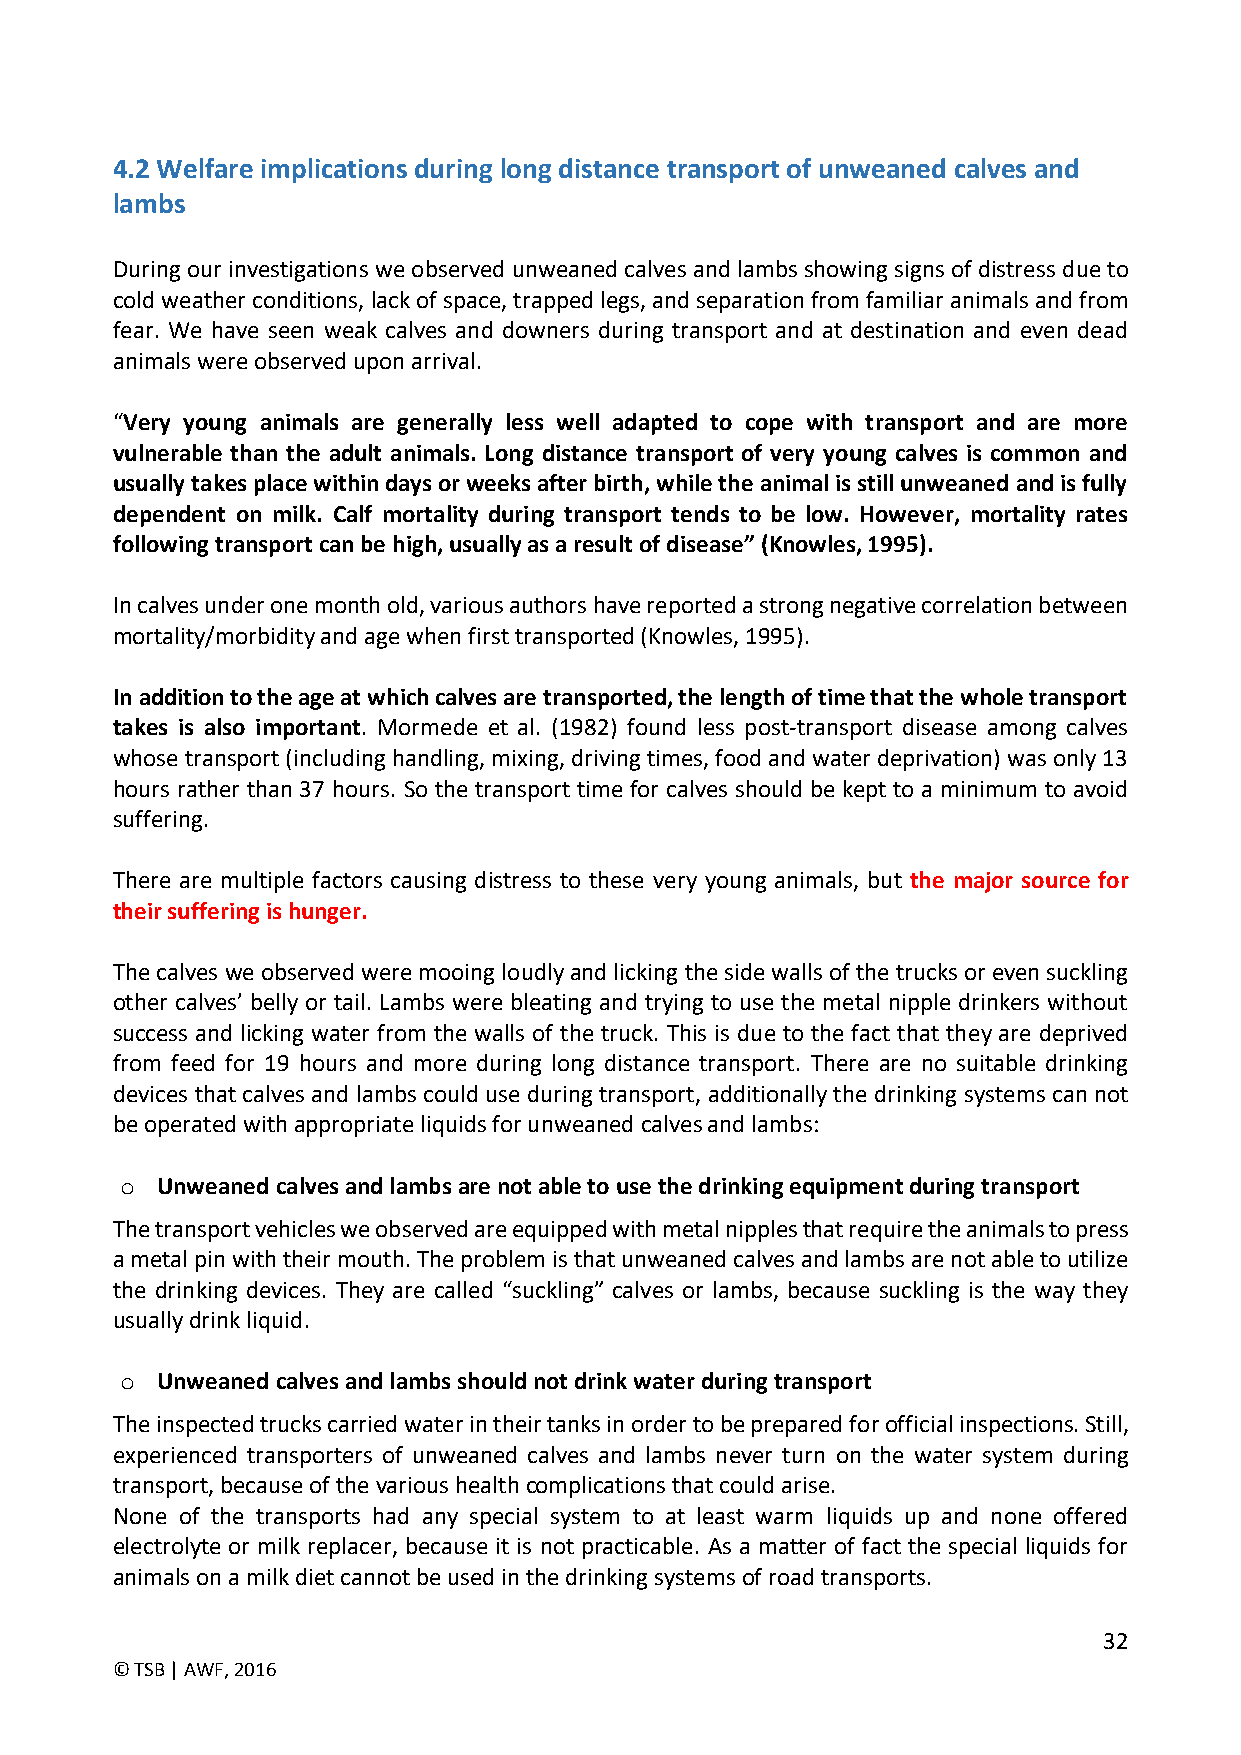
4.2 Welfare implications during long distance transport of unweaned calves and
 lambs
 During our investigations we observed unweaned calves and lambs showing signs of distress due to
 cold weather conditions, lack of space, trapped legs, and separation from familiar animals and from
 fear. We have seen weak calves and downers during transport and at destination and even dead
 animals were observed upon arrival.
 “Very young animals are generally less well adapted to cope with transport and are more
 vulnerable than the adult animals. Long distance transport of very young calves is common and
 usually takes place within days or weeks after birth, while the animal is still unweaned and is fully
 dependent on milk. Calf mortality during transport tends to be low. However, mortality rates
 following transport can be high, usually as a result of disease” (Knowles, 1995).
 In calves under one month old, various authors have reported a strong negative correlation between
 mortality/morbidity and age when first transported (Knowles, 1995).
 In addition to the age at which calves are transported, the length of time that the whole transport
 takes is also important. Mormede et al. (1982) found less post-transport disease among calves
 whose transport (including handling, mixing, driving times, food and water deprivation) was only 13
 hours rather than 37 hours. So the transport time for calves should be kept to a minimum to avoid
 suffering.
 There are multiple factors causing distress to these very young animals, but the major source for
 their suffering is hunger.
 The calves we observed were mooing loudly and licking the side walls of the trucks or even suckling
 other calves’ belly or tail. Lambs were bleating and trying to use the metal nipple drinkers without
 success and licking water from the walls of the truck. This is due to the fact that they are deprived
 from feed for 19 hours and more during long distance transport. There are no suitable drinking
 devices that calves and lambs could use during transport, additionally the drinking systems can not
 be operated with appropriate liquids for unweaned calves and lambs:
 o Unweaned calves and lambs are not able to use the drinking equipment during transport
 The transport vehicles we observed are equipped with metal nipples that require the animals to press
 a metal pin with their mouth. The problem is that unweaned calves and lambs are not able to utilize
 the drinking devices. They are called “suckling” calves or lambs, because suckling is the way they
 usually drink liquid.
 o Unweaned calves and lambs should not drink water during transport
 The inspected trucks carried water in their tanks in order to be prepared for official inspections. Still,
 experienced transporters of unweaned calves and lambs never turn on the water system during
 transport, because of the various health complications that could arise.
 None of the transports had any special system to at least warm liquids up and none offered
 electrolyte or milk replacer, because it is not practicable. As a matter of fact the special liquids for
 animals on a milk diet cannot be used in the drinking systems of road transports.
 32
 © TSB | AWF, 2016